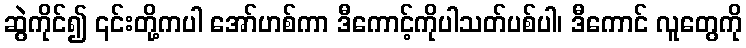
ဆွဲကိုင်၍ ၎င်းတို့ကပါ အော်ဟစ်ကာ ဒီကောင့်ကိုပါသတ်ပစ်ပါ၊ ဒီကောင် လူတွေကို